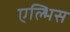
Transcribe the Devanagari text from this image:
एल्भिस